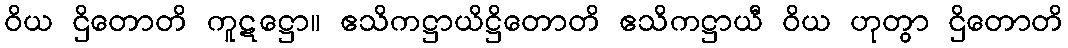
ဝိယ ဌိတောတိ ကူဋဋ္ဌော။ ဧသိကဋ္ဌာယိဋ္ဌိတောတိ ဧသိကဋ္ဌာယီ ဝိယ ဟုတွာ ဌိတောတိ